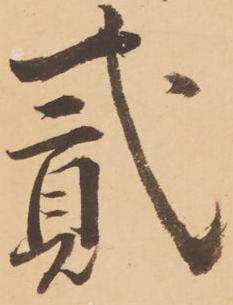
弐